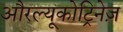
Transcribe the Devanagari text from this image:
औरल्यूकोट्रिनेज़